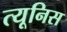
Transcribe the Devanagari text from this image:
त्यूनिस